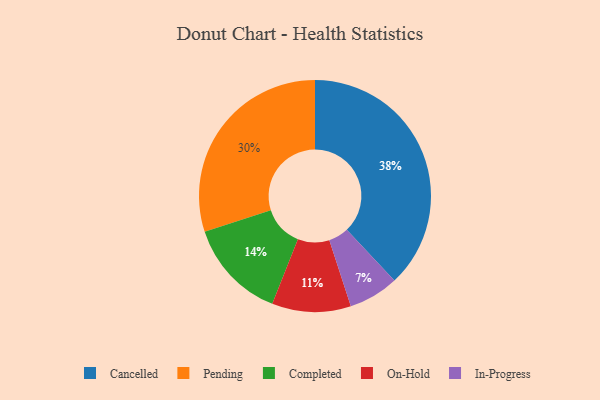
{"axis": {"x": "Category", "y": "Percentage"}, "legend": ["Cancelled", "Completed", "In-Progress", "On-Hold", "Pending"], "data": [{"x": "Pending", "y": 30, "type": "Pending"}, {"x": "On-Hold", "y": 11, "type": "On-Hold"}, {"x": "Completed", "y": 14, "type": "Completed"}, {"x": "Cancelled", "y": 38, "type": "Cancelled"}, {"x": "In-Progress", "y": 7, "type": "In-Progress"}]}